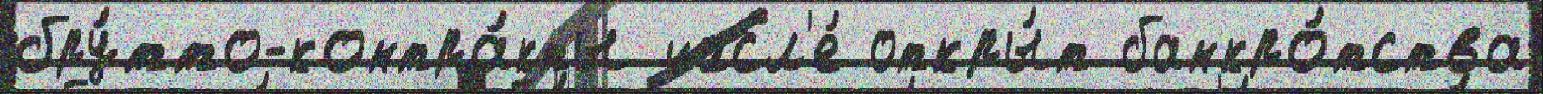
бру́тто-контра́кты числ'е́ откры́т банкро́тства